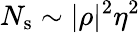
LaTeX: N_{\mathrm{s}}\sim|\rho|^{2}\eta^{2}